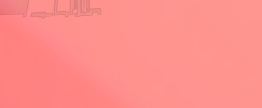
تأجير السيارات الفاخرة لل